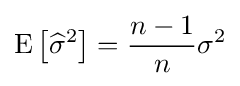
\operatorname {E} \left[{\widehat {\sigma }}^{2}\right]={\frac {n-1}{n}}\sigma ^{2}